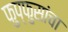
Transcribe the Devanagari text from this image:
फुप्फुसांचा